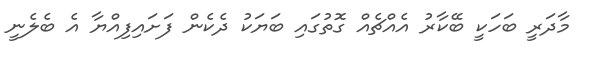
މާދަރީ ބަހަކީ ބޭކާރު އެއްޗެއް ގޮތުގައި ބަޔަކު ދެކެން ފަށައިފިއްޔާ އެ ބެލެނީ